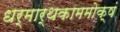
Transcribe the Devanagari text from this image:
धर्मार्थकाममोक्षं